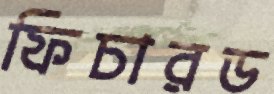
ফিচারড